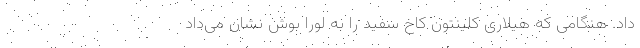
داد. هنگامی که هیلاری کلینتون کاخ سفید را به لورا بوش نشان می‌داد